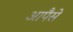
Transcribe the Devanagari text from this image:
आपैसे